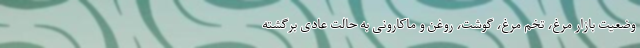
وضعیت بازار مرغ، تخم مرغ، گوشت، روغن و ماکارونی به حالت عادی برگشته